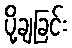
ပို့ချခြင်း